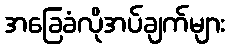
အခြေခံလိုအပ်ချက်များ